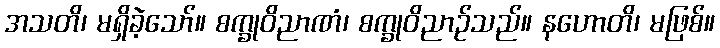
အသတိ၊ မရှိခဲ့သော်။ စက္ခုဝိညာဏံ၊ စက္ခုဝိညာဉ်သည်။ နဟောတိ၊ မဖြစ်။